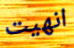
انهيت